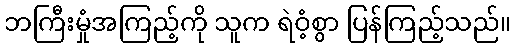
ဘကြီးမှုံအကြည့်ကို သူက ရဲဝံ့စွာ ပြန်ကြည့်သည်။